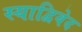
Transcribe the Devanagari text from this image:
स्याद्विवेद